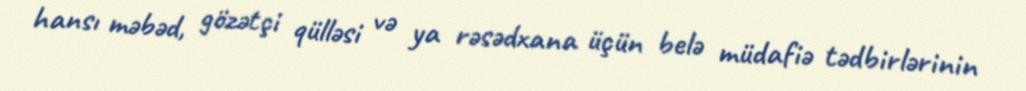
hansı məbəd, gözətçi qülləsi və ya rəsədxana üçün belə müdafiə tədbirlərinin